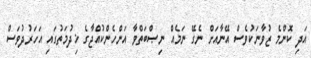
އަދި ކޮންމެ ޒުވާނަކުވެސް އޭނާއަށް ނެގޭ ނަމެއް ނިޞްބަތްވާ އަންހެންކުއްޖާގެ ޚިދުމަތުގައި އަހަރުދުވަސް